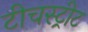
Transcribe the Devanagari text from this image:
टीचस्ट्रीट